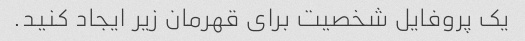
یک پروفایل شخصیت برای قهرمان زیر ایجاد کنید.